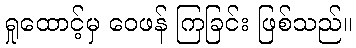
ရှုထောင့်မှ ဝေဖန် ကြခြင်း ဖြစ်သည်။